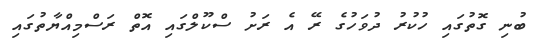
ބުނި ގޮތުގައި ހުކުރު ދުވަހުގެ ރޭ އެ ރަށު ސްކޫލްގައި އޮތް ރަސްމިއްޔާތުގައި